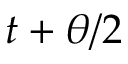
t + \theta / 2